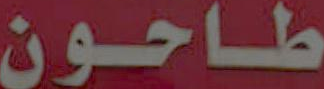
طاحون